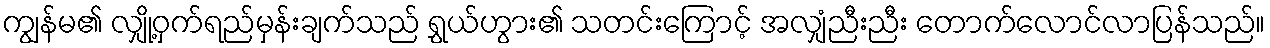
ကျွန်မ၏ လျှို့ဝှက်ရည်မှန်းချက်သည် ရွှယ်ဟွား၏ သတင်းကြောင့် အလျှံညီးညီး တောက်လောင်လာပြန်သည်။